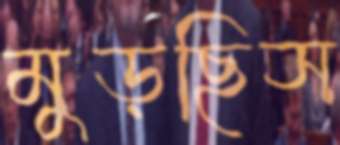
মুড়ছিস